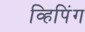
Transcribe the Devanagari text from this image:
व्हिपिंग